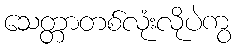
သေတ္တာတစ်လုံးလိုပဲကွ